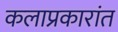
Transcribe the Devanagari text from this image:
कलाप्रकारांत